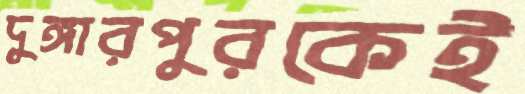
দুঙ্গারপুরকেই